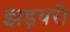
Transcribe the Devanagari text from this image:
झड़बरी